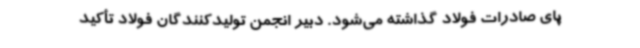
پای صادرات فولاد گذاشته می‌شود. دبیر انجمن تولیدکنندگان فولاد تأکید